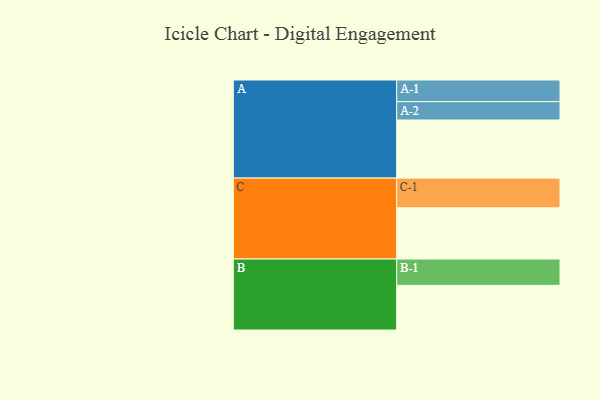
{"axis": {"x": "Segment", "y": "Value"}, "legend": ["", "A", "B", "C"], "data": [{"x": "A", "y": 583, "type": ""}, {"x": "B", "y": 448, "type": ""}, {"x": "C", "y": 514, "type": ""}, {"x": "A-1", "y": 217, "type": "A"}, {"x": "A-2", "y": 184, "type": "A"}, {"x": "B-1", "y": 264, "type": "B"}, {"x": "C-1", "y": 298, "type": "C"}]}